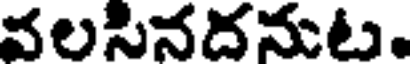
వలసినదనుట.